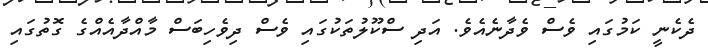
ދެކެނީ ކަމުގައި ވެސް ވެދާނެއެވެ. އަދި ސްކޫލުތަކުގައި ވެސް ދިވެހިބަސް މާއްދާއެއްގެ ގޮތުގައި